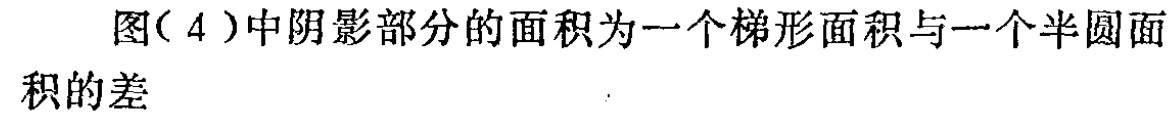
图( 4 )中阴影部分的面积为一个梯形面积与一个半圆面积的差